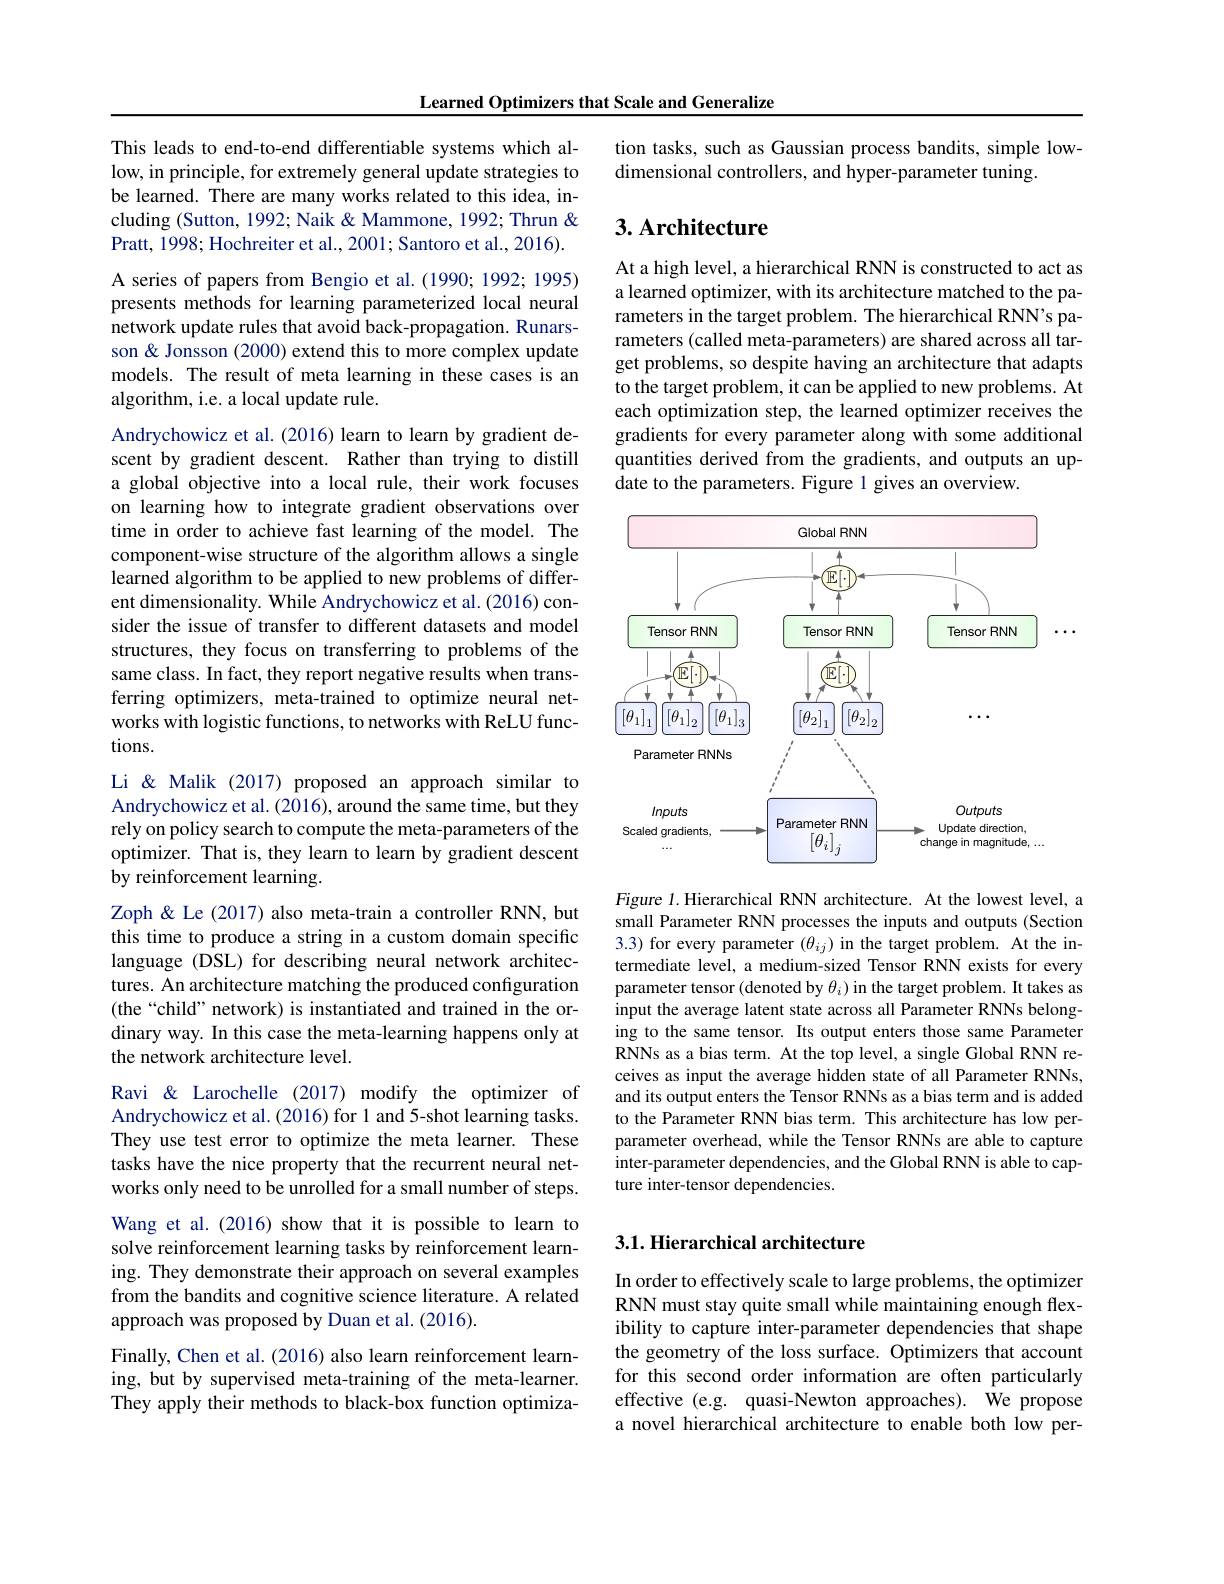
Learned Optimizers that Scale and Generalize

This leads to end-to-end differentiable systems which allow, in principle, for extremely general update strategies to be learned. There are many works related to this idea, including (Sutton, 1992; Naik & Mammone, 1992; Thrun & Pratt, 1998; Hochreiter et al., 2001; Santoro et al., 2016). A series of papers from Bengio et al.(1990; 1992; 1995) presents methods for learning parameterized local neural network update rules that avoid back-propagation. Runarsson & Jonsson (2000) extend this to more complex update models. The result of meta learning in these cases is an algorithm, i.e. a local update rule.
Andrychowicz et al. (2016) learn to learn by gradient descent by gradient descent. Rather than trying to distill a global objective into a local rule, their work focuses on learning how to integrate gradient observations over time in order to achieve fast learning of the model. The component-wise structure of the algorithm allows a single learned algorithm to be applied to new problems of different dimensionality. While Andrychowicz et al. (2016) consider the issue of transfer to different datasets and model structures, they focus on transferring to problems of the same class. In fact, they report negative results when transferring optimizers, meta-trained to optimize neural networks with logistic functions, to networks with ReLU functions.
Li & Malik (2017) proposed an approach similar to Andrychowicz et al. (2016), around the same time, but they

rely on policy search to compute the meta-parameters of the optimizer. That is, they learn to learn by gradient descent by reinforcement learning.

Zoph & Le (2017) also meta-train a controller RNN, but this time to produce a string in a custom domain specific language (DSL) for describing neural network architectures. An architecture matching the produced configuration (the“child” network) is instantiated and trained in the ordinary way. In this case the meta-learning happens only at the network architecture level.

Ravi & Larochelle (2017) modify the optimizer of Andrychowicz et al.(2016) for 1 and 5-shot learning tasks. They use test error to optimize the meta learner. These tasks have the nice property that the recurrent neural networks only need to be unrolled for a small number of steps. Wang et al.(2016) show that it is possible to learn to solve reinforcement learning tasks by reinforcement learning. They demonstrate their approach on several examples from the bandits and cognitive science literature. A related approach was proposed by Duan et al. (2016).
Finally, Chen et al. (2016) also learn reinforcement learn-

ing, but by supervised meta-training of the meta-learner. They apply their methods to black-box function optimiza-

tion tasks, such as Gaussian process bandits, simple low-
dimensional controllers, and hyper-parameter tuning.

# 3. Architecture

At a high level, a hierarchical RNN is constructed to act as a learned optimizer, with its architecture matched to the parameters in the target problem. The hierarchical RNN's parameters (called meta-parameters) are shared across all target problems, so despite having an architecture that adapts to the target problem, it can be applied to new problems. At each optimization step, the learned optimizer receives the gradients for every parameter along with some additional quantities derived from the gradients, and outputs an update to the parameters. Figure 1 gives an overview.

<FigureHere>

Figure 1. Hierarchical RNN architecture. At the lowest level, a small Parameter RNN processes the inputs and outputs (Section 3.3) for every parameter $(\theta_{ij})$ in the target problem. At the intermediate level, a medium-sized Tensor RNN exists for every parameter tensor (denoted by $\theta_i)$ in the target problem. It takes as input the average latent state across all Parameter RNNs belonging to the same tensor. Its output enters those same Parameter RNNs as a bias term. At the top level, a single Global RNN receives as input the average hidden state of all Parameter RNNs, and its output enters the Tensor RNNs as a bias term and is added to the Parameter RNN bias term. This architecture has low perparameter overhead, while the Tensor RNNs are able to capture inter-parameter dependencies, and the Global RNN is able to capture inter-tensor dependencies.

## 3.1. Hierarchical architecture

In order to effectively scale to large problems, the optimizer RNN must stay quite small while maintaining enough flexibility to capture inter-parameter dependencies that shape the geometry of the loss surface. Optimizers that account for this second order information are often particularly effective (e.g. quasi-Newton approaches). We propose a novel hierarchical architecture to enable both low per-